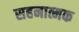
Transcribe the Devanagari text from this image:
सहनात्मक